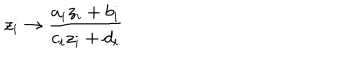
LaTeX: z _ { i } \rightarrow \frac { a _ { i } z _ { i } + b _ { i } } { c _ { i } z _ { i } + d _ { i } }